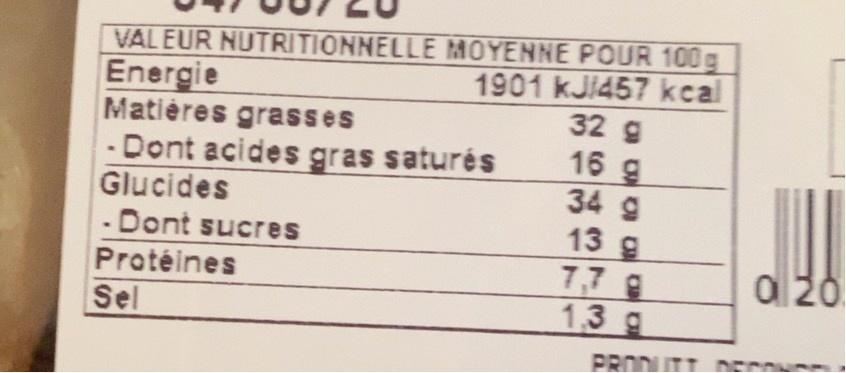
VALEUR NUTRITIONNELLE MOYENNE POUR 100g
Energie Matières grasses -Dont acides gras saturés Glucides - Dont sucres
1901 kJ1457 kcal 32 g 16 g 34 9 13 g 7,7 g 1.3 g
al 20
Protéines
Sel
PROD
DUTT DEou